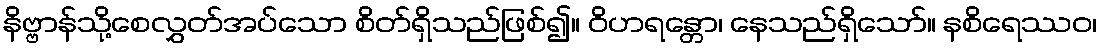
နိဗ္ဗာန်သို့စေလွှတ်အပ်သော စိတ်ရှိသည်ဖြစ်၍။ ဝိဟရန္တော၊ နေသည်ရှိသော်။ နစိရေဿဝ၊